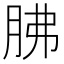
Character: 胇